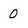
Character: 0